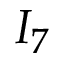
I _ { 7 }